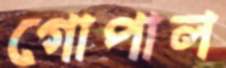
গোপাল